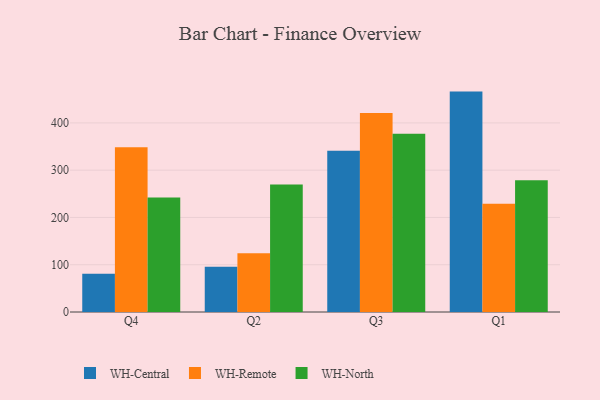
{"axis": {"x": "Quarter", "y": "Inventory Turnover"}, "legend": ["WH-Central", "WH-North", "WH-Remote"], "data": [{"x": "Q4", "y": 80.9, "type": "WH-Central"}, {"x": "Q4", "y": 348.7, "type": "WH-Remote"}, {"x": "Q4", "y": 242.3, "type": "WH-North"}, {"x": "Q2", "y": 95.8, "type": "WH-Central"}, {"x": "Q2", "y": 124.3, "type": "WH-Remote"}, {"x": "Q2", "y": 269.7, "type": "WH-North"}, {"x": "Q3", "y": 341.0, "type": "WH-Central"}, {"x": "Q3", "y": 420.7, "type": "WH-Remote"}, {"x": "Q3", "y": 376.8, "type": "WH-North"}, {"x": "Q1", "y": 466.2, "type": "WH-Central"}, {"x": "Q1", "y": 229.1, "type": "WH-Remote"}, {"x": "Q1", "y": 278.8, "type": "WH-North"}]}